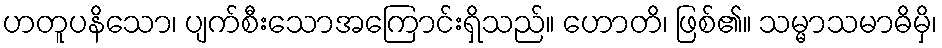
ဟတူပနိသော၊ ပျက်စီးသောအကြောင်းရှိသည်။ ဟောတိ၊ ဖြစ်၏။ သမ္မာသမာဓိမှိ၊